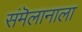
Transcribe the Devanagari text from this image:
संमॆलानाला